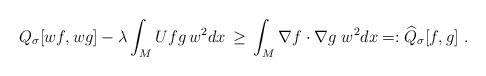
LaTeX: \begin{align*} Q_\sigma[w f, w g] - \lambda \int_M U f g\, w^2 dx\, \geq\, \int_M \nabla f \cdot \nabla g\ w^2 dx = : \widehat Q_\sigma[f,g] \ .\end{align*}